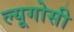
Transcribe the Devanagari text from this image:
ल्यूगोसी